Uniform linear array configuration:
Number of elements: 64
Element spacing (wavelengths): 0.75
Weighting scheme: blackman
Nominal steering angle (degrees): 30
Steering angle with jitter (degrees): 31.448
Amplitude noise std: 0.05
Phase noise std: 0.05

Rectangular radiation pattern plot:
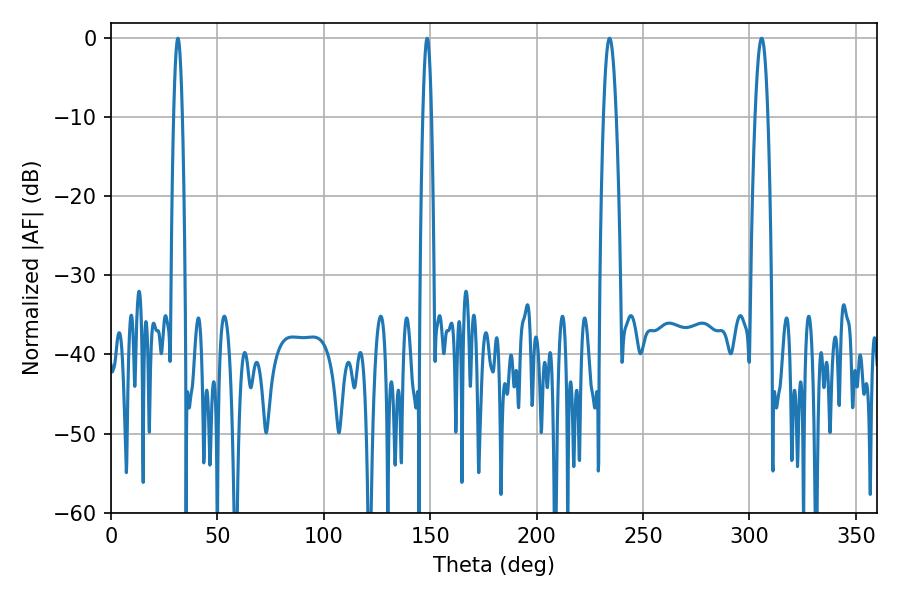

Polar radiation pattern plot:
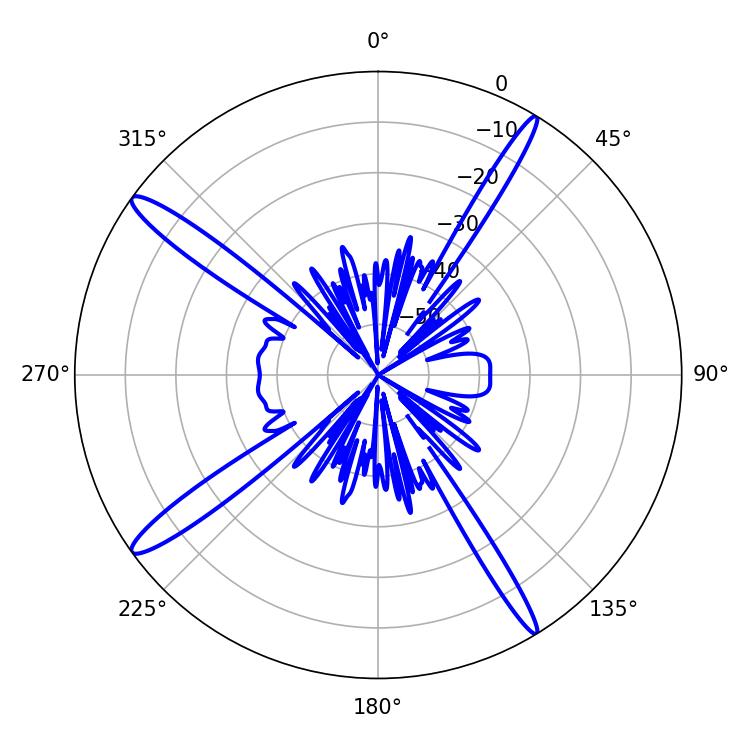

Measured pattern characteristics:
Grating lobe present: TRUE
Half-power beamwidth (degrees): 3.24
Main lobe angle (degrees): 305.82